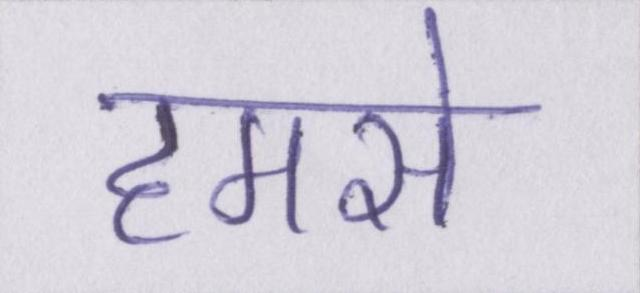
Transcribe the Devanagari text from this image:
हमसे